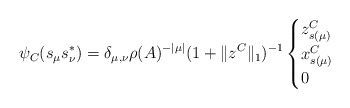
\begin{align*}\psi_C(s_\mu s_\nu^*)=\delta_{\mu,\nu}\rho(A)^{-|\mu|}(1+\|z^C\|_1)^{-1}\begin{cases}z^C_{s(\mu)}&\\x^C_{s(\mu)}&\\0&\end{cases}\end{align*}